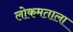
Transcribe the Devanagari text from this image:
लोकमताला